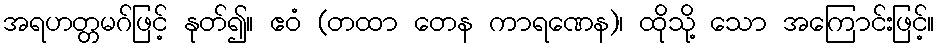
အရဟတ္တမဂ်ဖြင့် နုတ်၍။ ဧဝံ (တထာ တေန ကာရဏေန)၊ ထိုသို့ သော အကြောင်းဖြင့်။